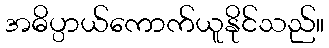
အဓိပ္ပာယ်ကောက်ယူနိုင်သည်။